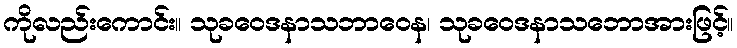
ကိုလည်းကောင်း။ သုခဝေဒနာသဘာဝေန၊ သုခဝေဒနာသဘောအားဖြင့်။